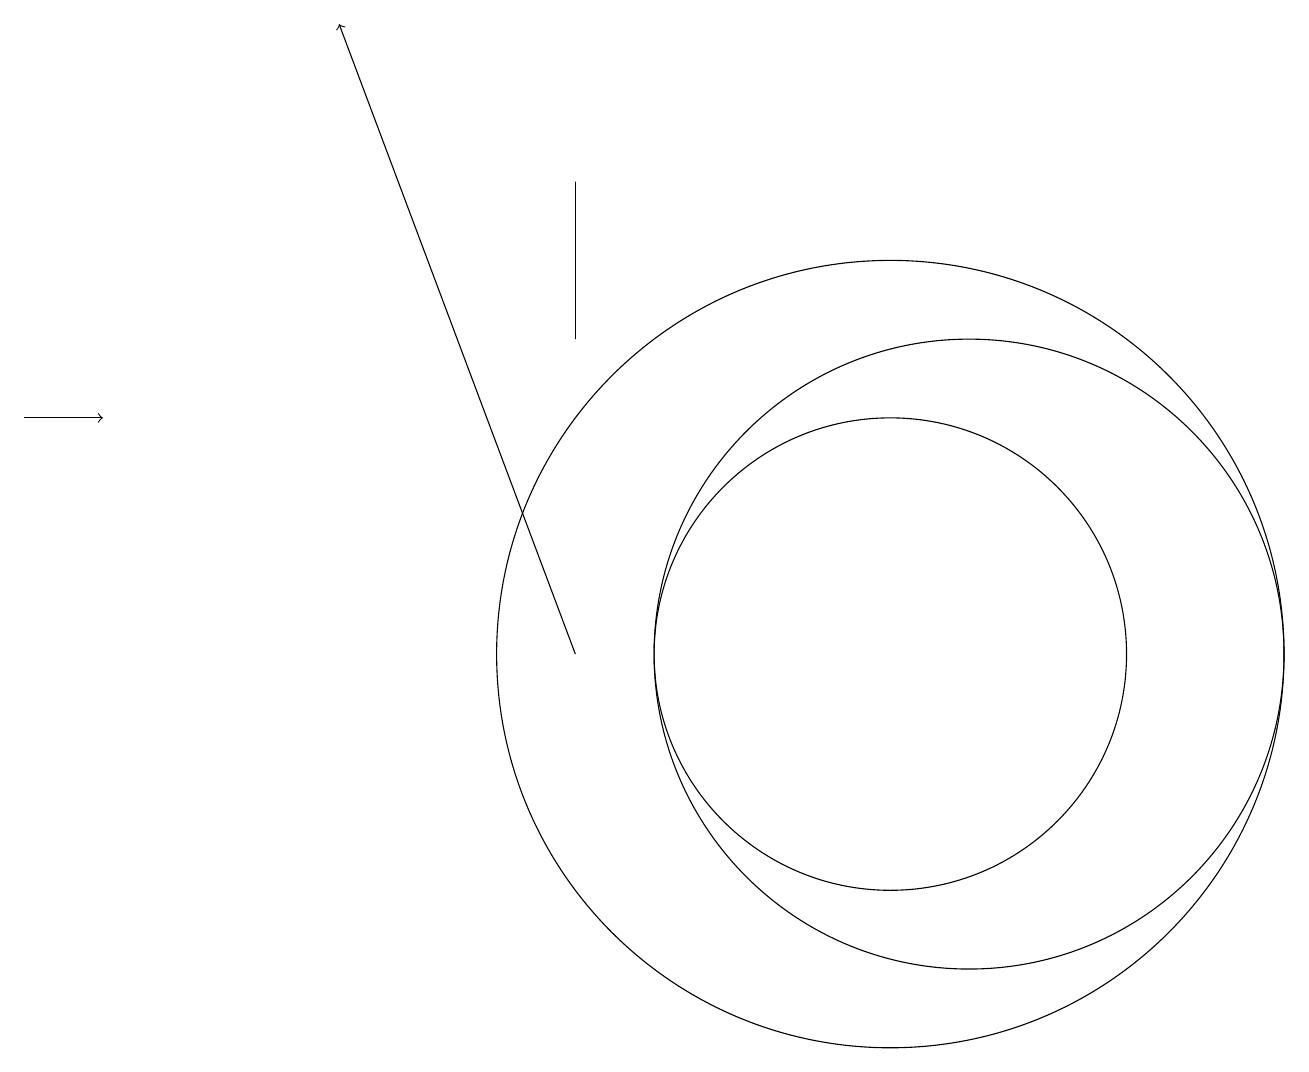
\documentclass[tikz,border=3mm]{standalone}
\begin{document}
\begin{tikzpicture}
\draw (12,10) circle (4);
\draw (11,10) circle (5);
\draw (11,10) circle (3);
\draw[->] (7,10) -- (4,18);
\draw (7,16) rectangle (7,14);
\draw[->] (0,13) -- (1,13);
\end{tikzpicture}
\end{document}